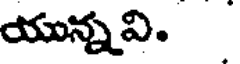
యున్నవి.